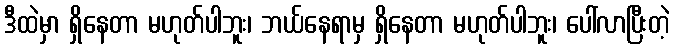
ဒီထဲမှာ ရှိနေတာ မဟုတ်ပါဘူး၊ ဘယ်နေရာမှ ရှိနေတာ မဟုတ်ပါဘူး၊ ပေါ်လာပြီးတဲ့